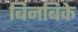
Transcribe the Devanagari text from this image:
बिनबिके